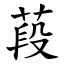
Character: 葮